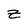
Character: Z